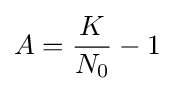
A={K \over N_{0}}-1